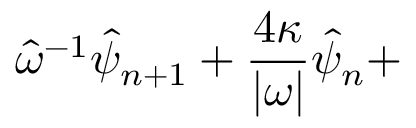
\hat { \omega } ^ { - 1 } \hat { \psi } _ { n + 1 } + \frac { 4 \kappa } { | \omega | } \hat { \psi } _ { n } +